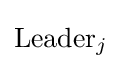
\mathrm {Leader} _{j}